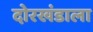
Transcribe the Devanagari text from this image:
दोरखंडाला